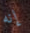
إنه